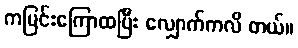
ကမြင်းကြောထပြီး လျှောက်ကလိ တယ်။